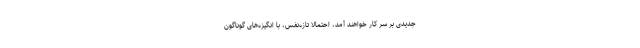
جدیدی بر سر کار خواهند آمد، احتمالاً تازه‌نَفَس، با انگیزه‌های گوناگون